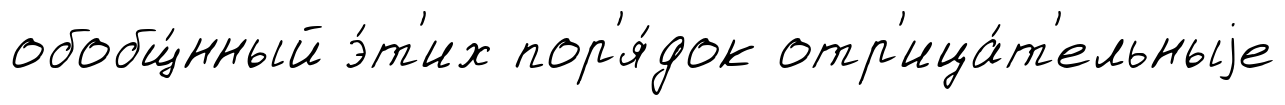
обобщ́нный э́т'их пор'я́док отр'ица́т'ельныjе